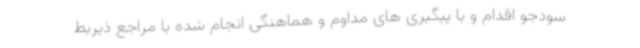
سودجو اقدام و با پیگیری های مداوم و هماهنگی انجام شده با مراجع ذیربط